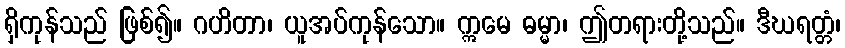
ရှိကုန်သည် ဖြစ်၍။ ဂဟိတာ၊ ယူအပ်ကုန်သော။ ဣမေ ဓမ္မာ၊ ဤတရားတို့သည်။ ဒီဃရတ္တံ၊